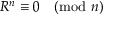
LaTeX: R ^ { n } \equiv 0 { \pmod { n } }